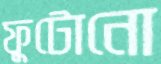
ফুটোনো